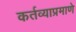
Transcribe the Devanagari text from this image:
कर्तव्याप्रमाणे